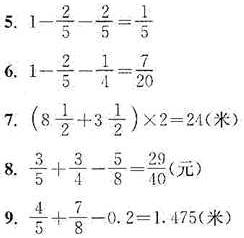
5. \(1 - \frac{2}{5} - \frac{2}{5} = \frac{1}{5}\)
6. \(1 - \frac{2}{5} - \frac{1}{4} = \frac{7}{20}\)
7. \((8\frac{1}{2} + 3\frac{1}{2}) \times 2 = 24(米)\)
8. \(\frac{3}{5} + \frac{3}{4} - \frac{5}{8} = \frac{29}{40}(元)\)
9. \(\frac{4}{5} + \frac{7}{8} - 0.2 = 1.475(米)\)